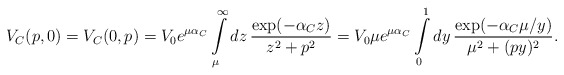
\begin{align*}V_C(p,0) = V_C(0,p) = V_0 e^{\mu \alpha_C}\int\limits_\mu^\infty dz\,\frac{\exp (-\alpha _C z)}{z^2+p^2} =V_0\mu e^{\mu \alpha_C}\int\limits_0^1dy\,\frac{\exp (-\alpha _C\mu /y)}{\mu ^2+(p y)^2}.\end{align*}